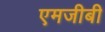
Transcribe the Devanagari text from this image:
एमजीबी